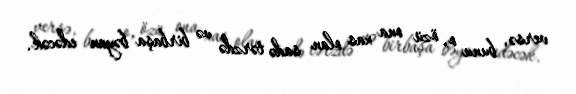
versə, bunu o, özü ona xas olan sadə tərzdə və birbaşa bəyan edəcək.